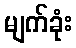
မျက်ခုံး